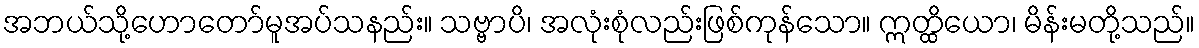
အဘယ်သို့ဟောတော်မူအပ်သနည်း။ သဗ္ဗာပိ၊ အလုံးစုံလည်းဖြစ်ကုန်သော။ ဣတ္ထိယော၊ မိန်းမတို့သည်။